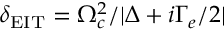
\delta _ { \mathrm { E I T } } = \Omega _ { c } ^ { 2 } / | \Delta + i \Gamma _ { e } / 2 |